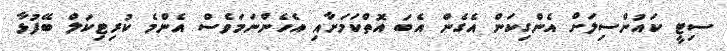
ސިޓީ ކައުންސިލަށް އެންގިކަން އެގެން އެބަ އޮތްކަމަށާއި އެހެންނަމަވެސް އެންމެ ކުރިޓިކަލް ބޭފުޅާ